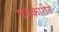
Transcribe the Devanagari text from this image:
पत्रकारीते